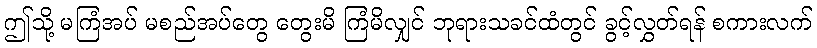
ဤသို့ မကြံအပ် မစည်အပ်တွေ တွေးမိ ကြံမိလျှင် ဘုရားသခင်ထံတွင် ခွင့်လွှတ်ရန် စကားလက်